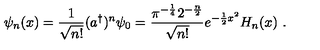
\psi _ { n } ( x ) = \frac 1 { \sqrt { n ! } } ( a ^ { \dag } ) ^ { n } \psi _ { 0 } = \frac { \pi ^ { - \frac { 1 } { 4 } } 2 ^ { - \frac { n } { 2 } } } { \sqrt { n ! } } e ^ { - \frac { 1 } { 2 } x ^ { 2 } } H _ { n } ( x ) \ .